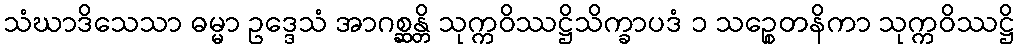
သံဃာဒိသေသာ ဓမ္မာ ဥဒ္ဒေသံ အာဂစ္ဆန္တိ သုက္ကဝိဿဋ္ဌိသိက္ခာပဒံ ၁ သဉ္စေတနိကာ သုက္ကဝိဿဋ္ဌိ